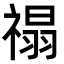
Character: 禢